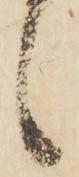
候